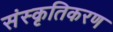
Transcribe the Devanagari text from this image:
संस्‍कृतिकरण